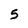
Character: 5